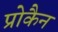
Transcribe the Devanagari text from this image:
प्रोकैन